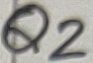
Text: Q2